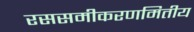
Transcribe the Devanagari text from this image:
रससमीकरणमितीय